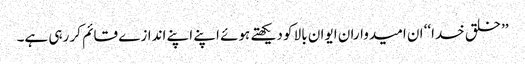
’’خلق خدا‘‘ ان امیدواران ایوان بالا کو دیکھتے ہوئے اپنے اپنے اندازے قائم کر رہی ہے۔